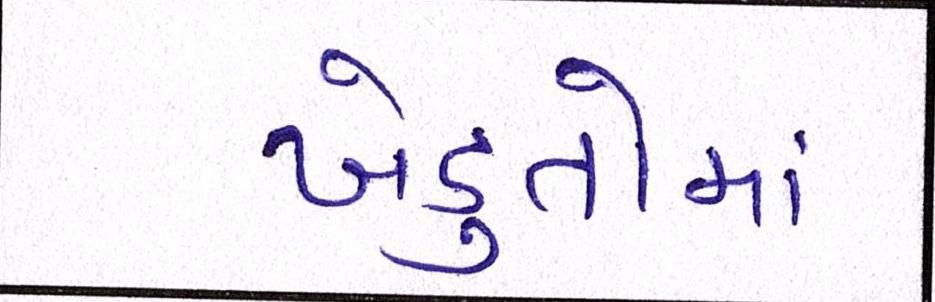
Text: ખેડુતોમાં